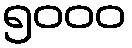
၅၀၀၀